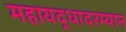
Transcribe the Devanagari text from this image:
महायद्धादरम्यान